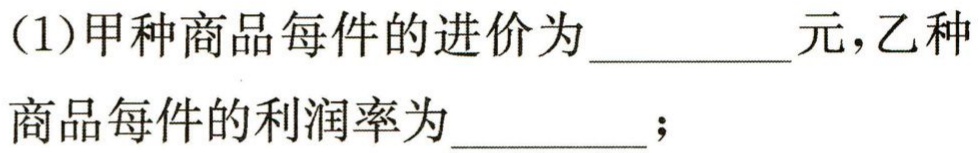
(1)甲种商品每件的进价为__________元，乙种商品每件的利润率为__________；